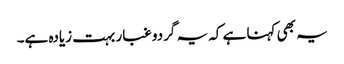
یہ بھی کہنا ہے کہ یہ گردو غبار بہت زیادہ ہے۔